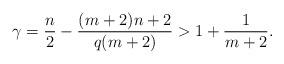
LaTeX: \begin{align*} \gamma= \frac n 2 - \frac {(m+2)n+2}{q(m+2)} > 1 + \frac{1}{m+2}.\end{align*}